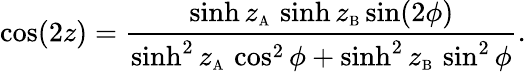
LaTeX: \cos(2z)=\frac{\sinh z_{\mathrm{\scriptscriptstyle A}}\, \sinh z_{\mathrm{\scriptscriptstyle B}}\sin(2\phi)}{\sinh^{2}z_{\mathrm{\scriptscriptstyle A}}\, \cos^{2}\phi+\sinh^{2}z_{\mathrm{\scriptscriptstyle B}}\, \sin^{2}\phi}.